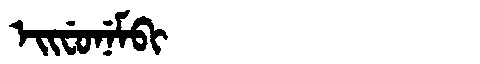
Manchu: ᡝᡳᠸᡠᠨᡝᠮᠪᡳ
Romanization: EIFUNEMBI